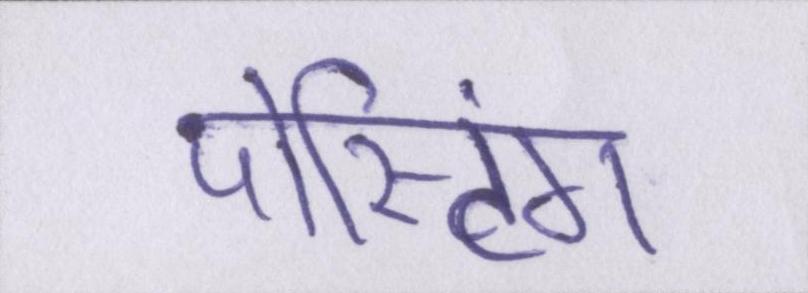
पोस्टिंग